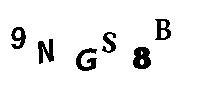
9NGS8B